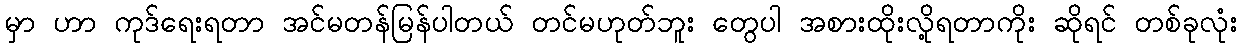
မှာ ဟာ ကုဒ်ရေးရတာ အင်မတန်မြန်ပါတယ် တင်မဟုတ်ဘူး တွေပါ အစားထိုးလို့ရတာကိုး ဆိုရင် တစ်ခုလုံး